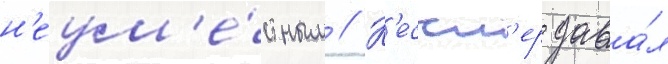
н'еум'е́стным // К'ессл'ер дава́л